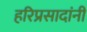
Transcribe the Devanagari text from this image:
हरिप्रसादांनी